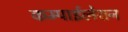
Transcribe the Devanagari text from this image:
कम्पाईलेशन